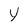
Character: Y